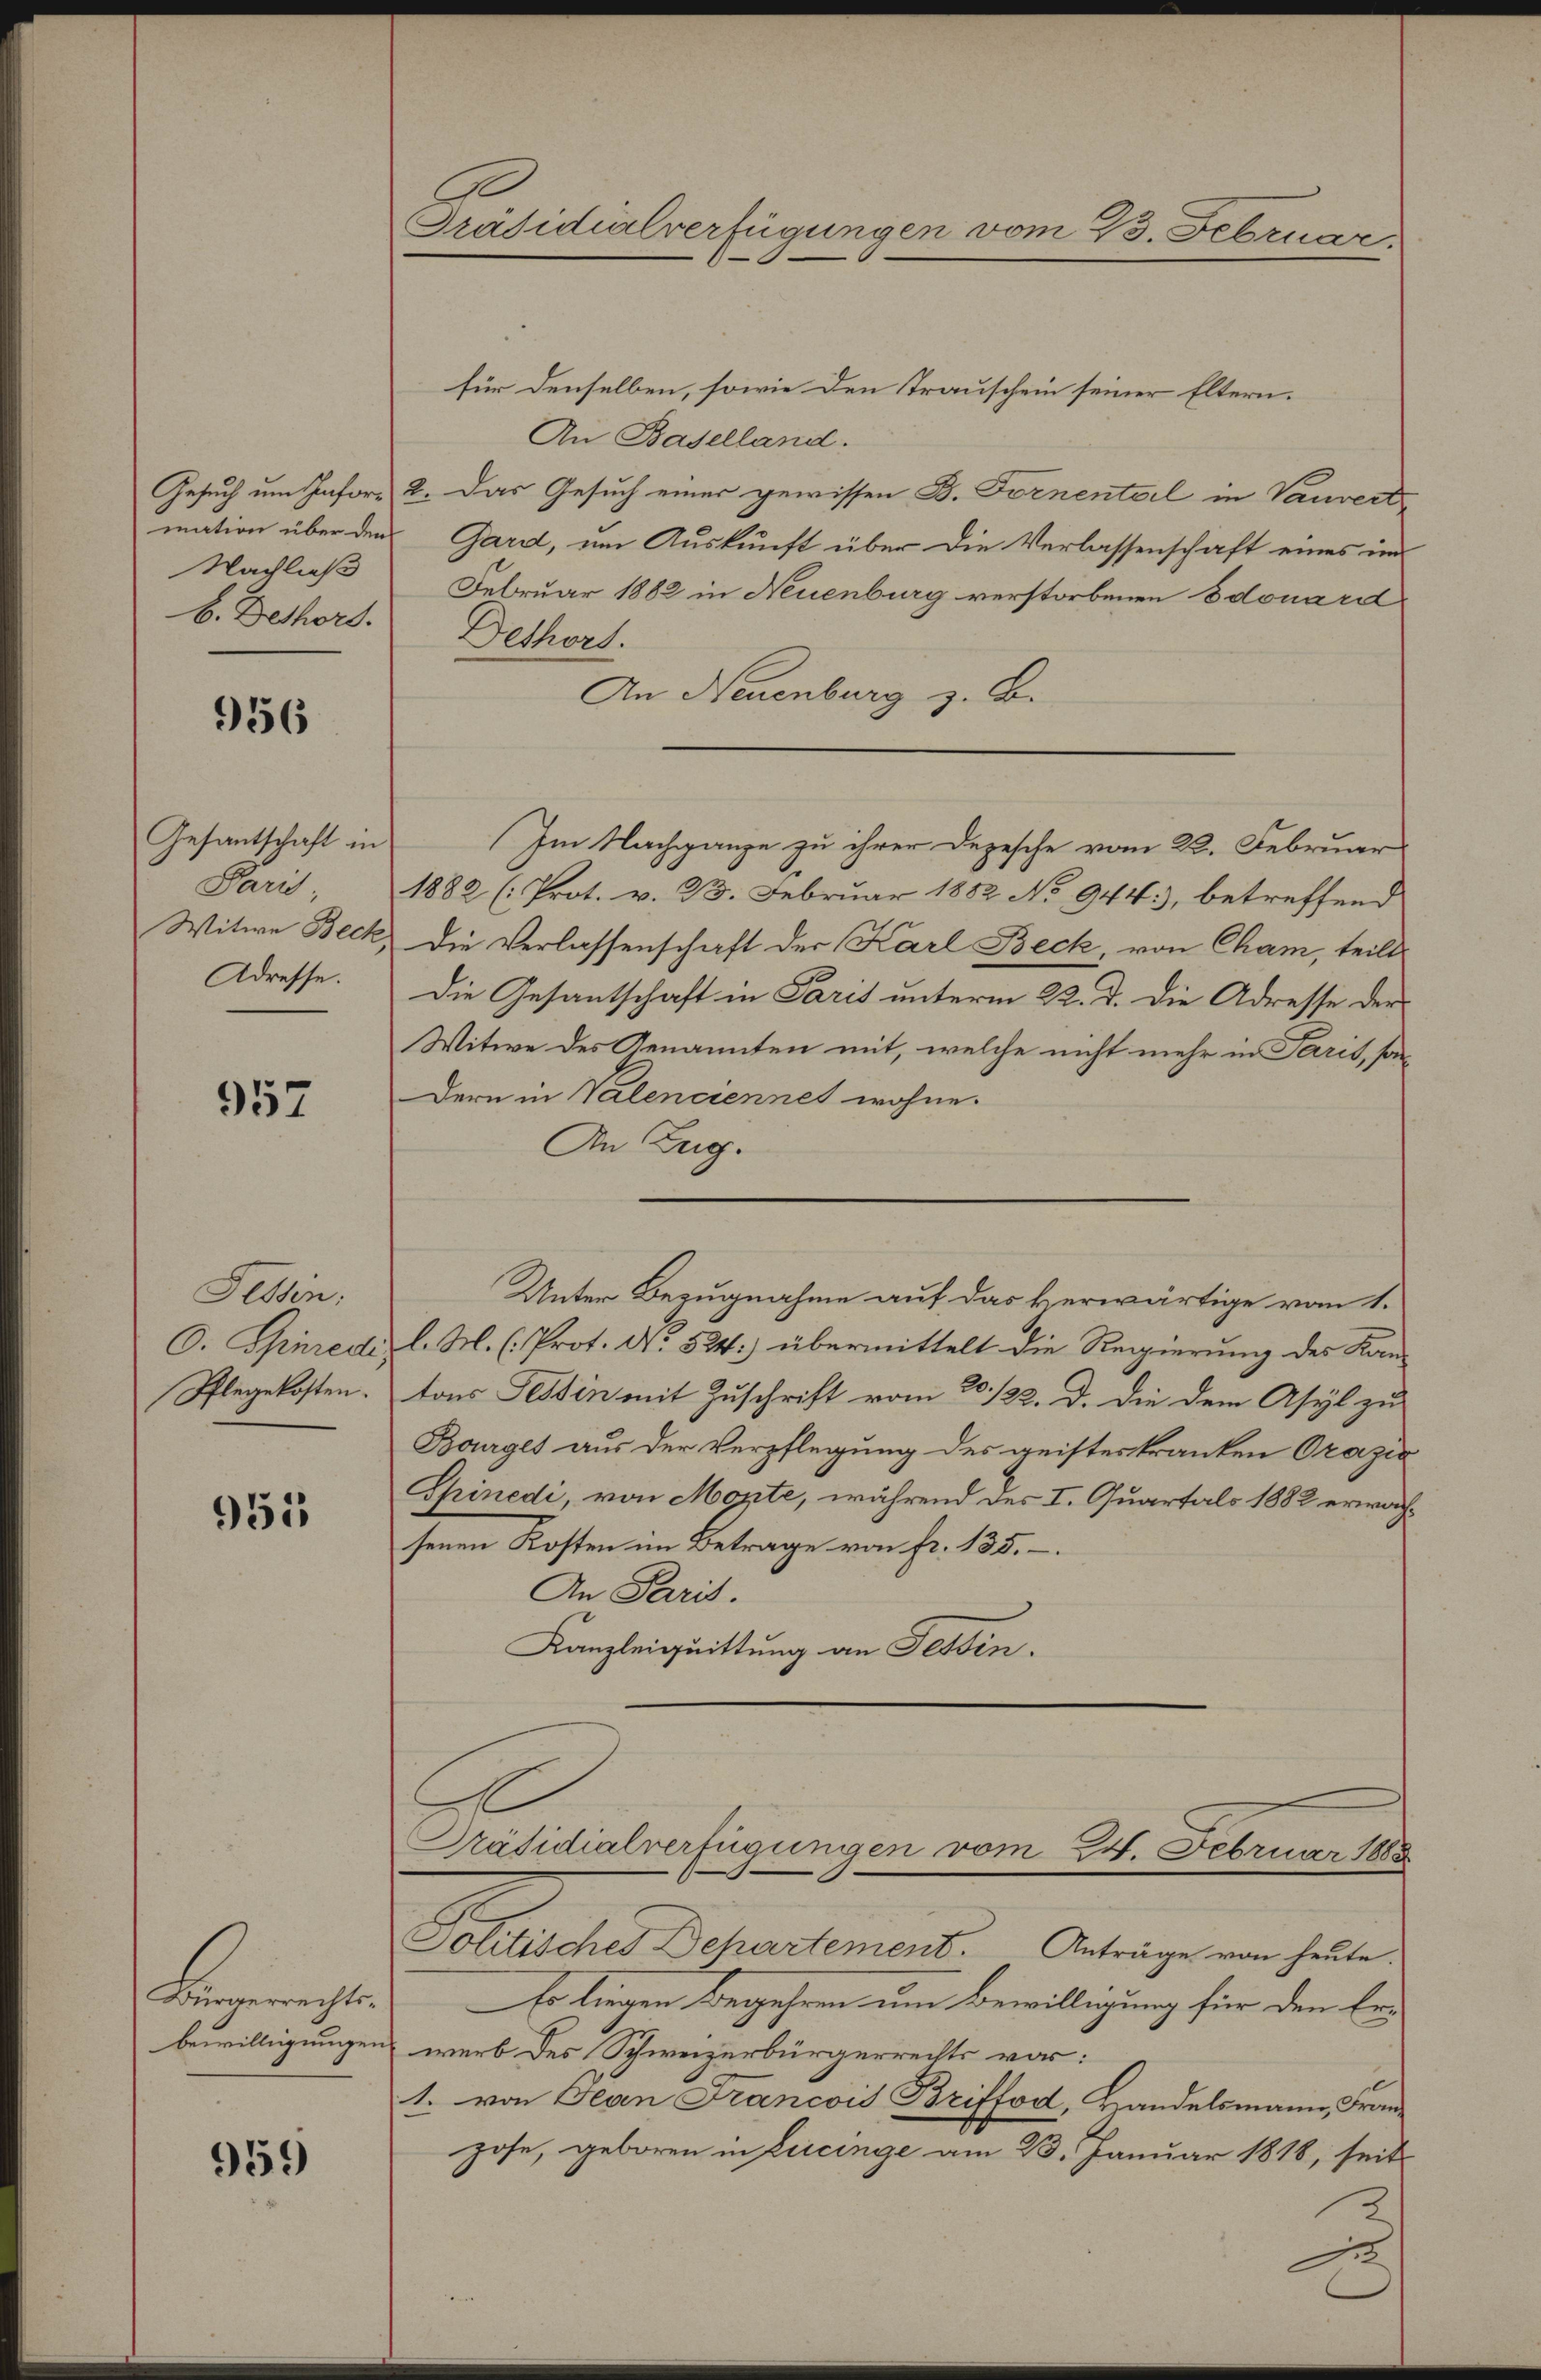
mation über den
Nachließ
b. Dethort.

956

Gesantschaft in
Paris
Witwe Beck
Adresse.

957

Tessin:
O. Ginredi,
Pflegekosten.

951

Bürgerrechtsbewilligungen

959

Präsidialverfügungen vom 23. Februar.

für denselben, sowie den Trauschein seiner Eltern.
An Baselland.
Gesuch um Inforn 2. Das Gesuch einer gewissen B. Fornenteil in Vauvert
Gard, um Auskunft über die Verlassenschaft eines im
Februar 1882 in Neuenburg verstorbenen Edouard
Dethort.
An Neuenburg z. B.
1882 (: Prot. v. 23. Februar 1882 No 944), betreffend
Die Verlassenschaft der Karl Beck, von Cham, teilt
Die Gesantschaft in Paris unterm 22. d. die Adresse der
Witwe des Genannten mit, welche nicht mehr in Paris, son¬
Dern in Valenciennet wohne.
An Leg.
l. M. (Prot. No. 524.) übermittelt die Regierung des Kan-
tons Tessin mit Zuschrift vom 20. 122. d. die dem Asyl zu
Bourges aus der Verpflegung des geisteskranken Orazić
Spinedi, von Mozte, während des I. Quartals 1882 erwächsenen Kosten im Betrage von fr. 135.
An Paris.
Kanzleiquittung an Tessin.
Präsidialverfügungen vom 24. Februar 1888
Politisches Dehartement. Anträge von heute.
Es liegen Begehren um Bewilligung für den bei
werb des Schweizerbürgerrechts vor:
1. von Jean Francois Briffod, Handelsmann, Franz
hose, geboren in Lucinge am 23. Januar 1818, seit

Im Nachgange zu ihrer Depesche vom 22. Februar

Unter Bezugnahme auf das verwärtige vom 1.

E